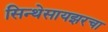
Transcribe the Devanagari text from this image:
सिन्थेसायझरचा